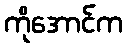
ကိုအောင်က